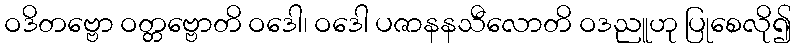
ဝဒိတဗ္ဗော ဝတ္တဗ္ဗောတိ ဝဒေါ၊ ဝဒေါ ပဇာနနသီလောတိ ဝဒညူဟု ပြုစေလို၍